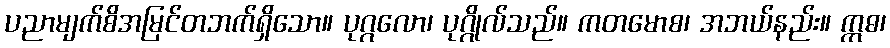
ပညာမျက်စိအမြင်တဘက်ရှိသော။ ပုဂ္ဂလော၊ ပုဂ္ဂိုလ်သည်။ ကတမောစ၊ အဘယ်နည်း။ ဣဓ၊